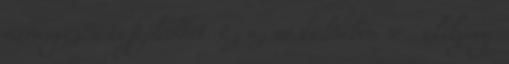
vérmérgezés, is fejlődhet. Ez az út különben se csekélység.